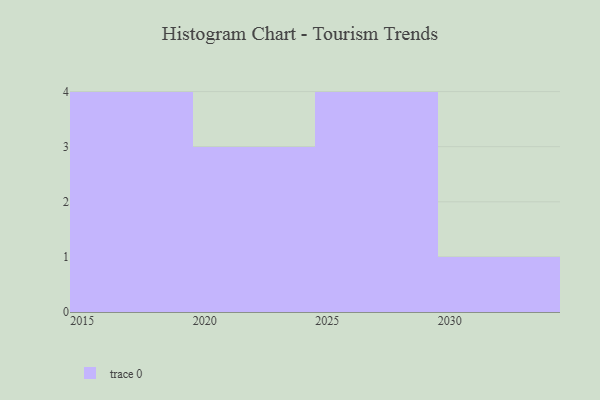
{"axis": {"x": "Year", "y": "Headcount"}, "legend": [""], "data": [{"x": "2026", "y": 69, "type": ""}, {"x": "2024", "y": 84, "type": ""}, {"x": "2028", "y": 37, "type": ""}, {"x": "2025", "y": 71, "type": ""}, {"x": "2017", "y": 8, "type": ""}, {"x": "2030", "y": 39, "type": ""}, {"x": "2018", "y": 8, "type": ""}, {"x": "2027", "y": 71, "type": ""}, {"x": "2023", "y": 18, "type": ""}, {"x": "2020", "y": 36, "type": ""}, {"x": "2016", "y": 43, "type": ""}, {"x": "2015", "y": 60, "type": ""}]}